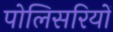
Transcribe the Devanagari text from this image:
पोलिसरियों